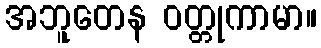
အဘူတေန ဝတ္တုကာမာ။